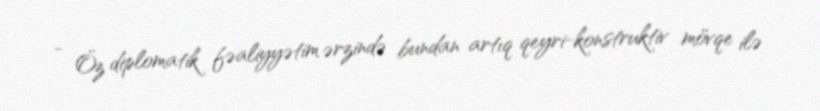
- Öz diplomatik fəaliyyətim ərzində bundan artıq qeyri-konstruktiv mövqe ilə